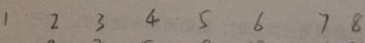
1 2 3 4 5 6 7 8